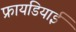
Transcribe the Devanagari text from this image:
फ्रायडियाई